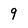
Character: 9